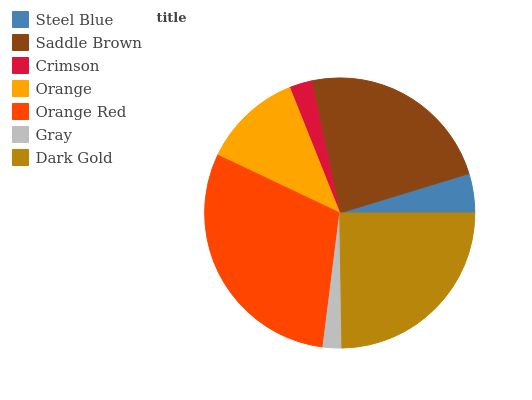
| Steel Blue | Saddle Brown | Crimson | Orange | Orange Red | Gray | Dark Gold |
 | --- | --- | --- | --- | --- | --- | --- |
 | 4.71% | 23.7% | 2.69% | 11.9% | 30.1% | 2.24% | 24.7% |